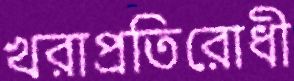
খরাপ্রতিরোধী